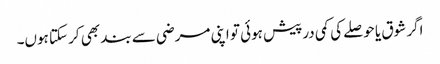
اگر شوق یا حوصلے کی کمی درپیش ہوئی تو اپنی مرضی سے بند بھی کر سکتا ہوں۔